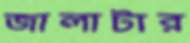
জালাটার